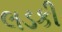
લડકી